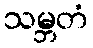
သမ္ဘတံ